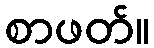
စာဖတ်။